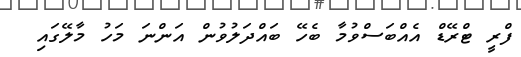
ފްރީ ޓްރޭޑް އެއްބަސްވުމާ ބެހޭ ބައްދަލުވުން އަންނަ މަހު މާލޭގައި